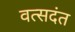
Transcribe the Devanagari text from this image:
वत्सदंत